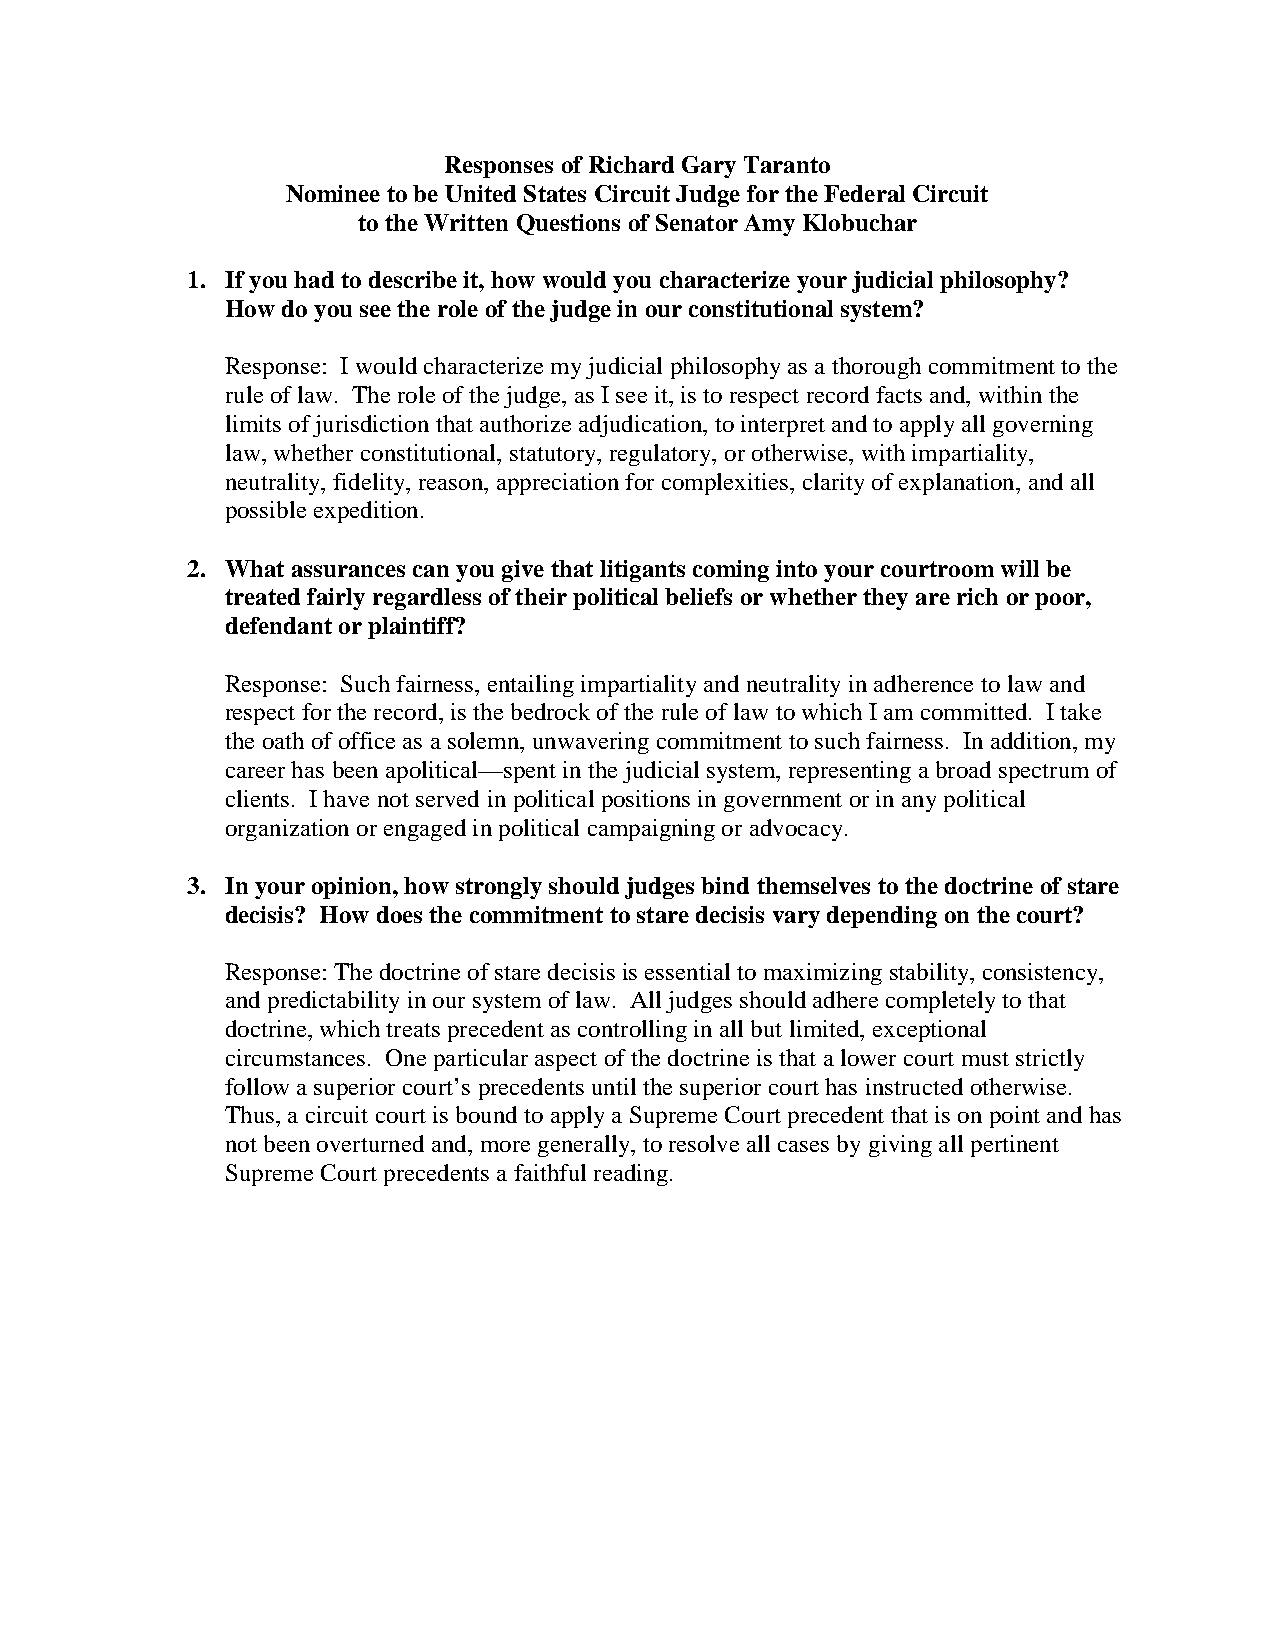
Responses of Richard Gary Taranto
 Nominee to be United States Circuit Judge for the Federal Circuit
 to the Written Questions of Senator Amy Klobuchar
 1. If you had to describe it, how would you characterize your judicial philosophy?
 How do you see the role of the judge in our constitutional system?
 Response: I would characterize my judicial philosophy as a thorough commitment to the
 rule of law. The role of the judge, as I see it, is to respect record facts and, within the
 limits of jurisdiction that authorize adjudication, to interpret and to apply all governing
 law, whether constitutional, statutory, regulatory, or otherwise, with impartiality,
 neutrality, fidelity, reason, appreciation for complexities, clarity of explanation, and all
 possible expedition.
 2. What assurances can you give that litigants coming into your courtroom will be
 treated fairly regardless of their political beliefs or whether they are rich or poor,
 defendant or plaintiff?
 Response: Such fairness, entailing impartiality and neutrality in adherence to law and
 respect for the record, is the bedrock of the rule of law to which I am committed. I take
 the oath of office as a solemn, unwavering commitment to such fairness. In addition, my
 career has been apolitical—spent in the judicial system, representing a broad spectrum of
 clients. I have not served in political positions in government or in any political
 organization or engaged in political campaigning or advocacy.
 3. In your opinion, how strongly should judges bind themselves to the doctrine of stare
 decisis? How does the commitment to stare decisis vary depending on the court?
 Response: The doctrine of stare decisis is essential to maximizing stability, consistency,
 and predictability in our system of law. All judges should adhere completely to that
 doctrine, which treats precedent as controlling in all but limited, exceptional
 circumstances. One particular aspect of the doctrine is that a lower court must strictly
 follow a superior court’s precedents until the superior court has instructed otherwise.
 Thus, a circuit court is bound to apply a Supreme Court precedent that is on point and has
 not been overturned and, more generally, to resolve all cases by giving all pertinent
 Supreme Court precedents a faithful reading.